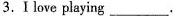
3.Ⅰ love playing___.